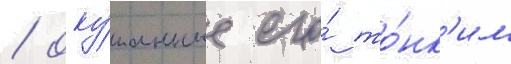
/ оку́танные его́ то́нк'им